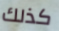
كذلك